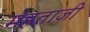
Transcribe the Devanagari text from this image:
मेहताजी